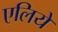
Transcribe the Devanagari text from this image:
एलिये